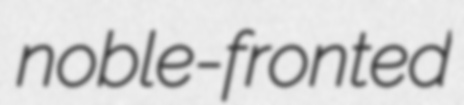
noble-fronted